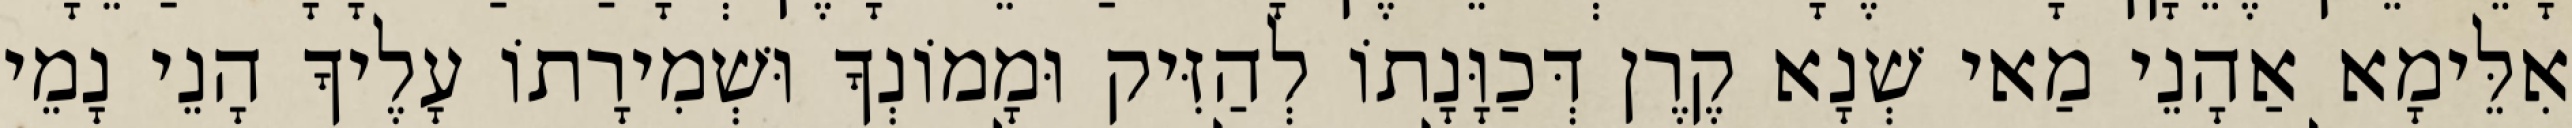
אִלֵּימָא אַהָנֵי מַאי שְׁנָא קֶרֶן דְּכַוָּנָתוֹ לְהַזִּיק וּמָמוֹנְךָ וּשְׁמִירָתוֹ עָלֶיךָ הָנֵי נָמֵי